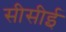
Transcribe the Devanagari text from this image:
सीसीई